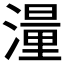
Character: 𪷑